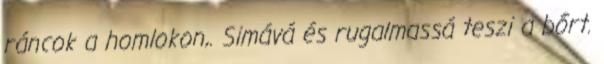
ráncok a homlokon,. Simává és rugalmassá teszi a bőrt.